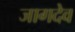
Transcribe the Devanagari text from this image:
जागदेव